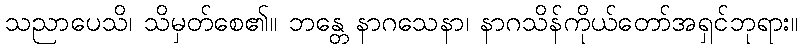
သညာပေသိ၊ သိမှတ်စေ၏။ ဘန္တေ နာဂသေနာ၊ နာဂသိန်ကိုယ်တော်အရှင်ဘုရား။